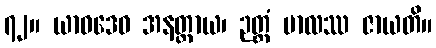
၇၂။ ယာဝဒေဝ အနတ္ထာယ၊ ဉတ္တံ ဗာလဿ ဇာယတိ။